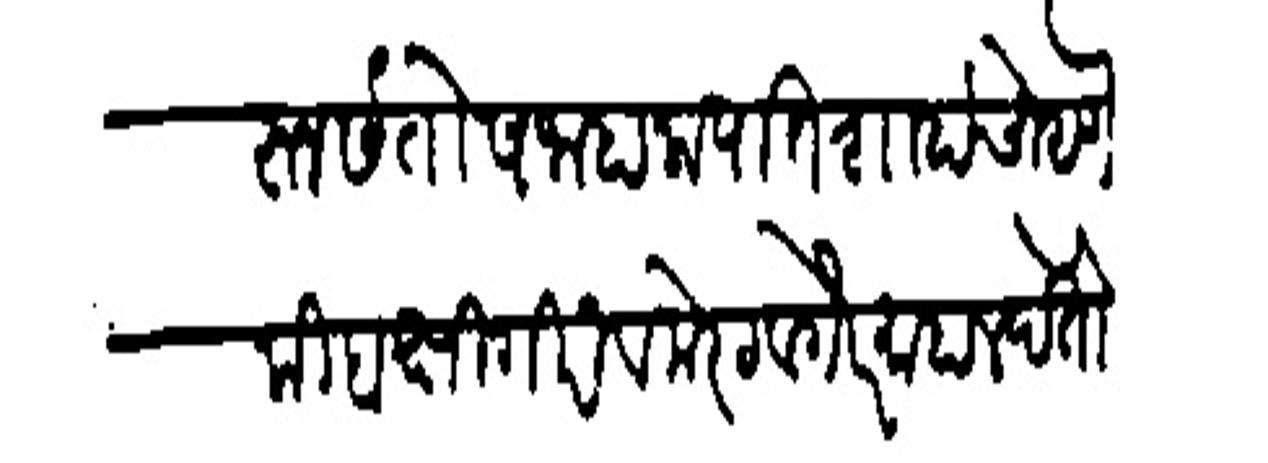
Transliteration (Devanagari): त्यावरून संतोष जाहाला पातशाहांचे म्हणे की बक्षिगिरी व मेरठ वर्गरे माहाल देतो